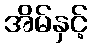
အိမ်နှင့်